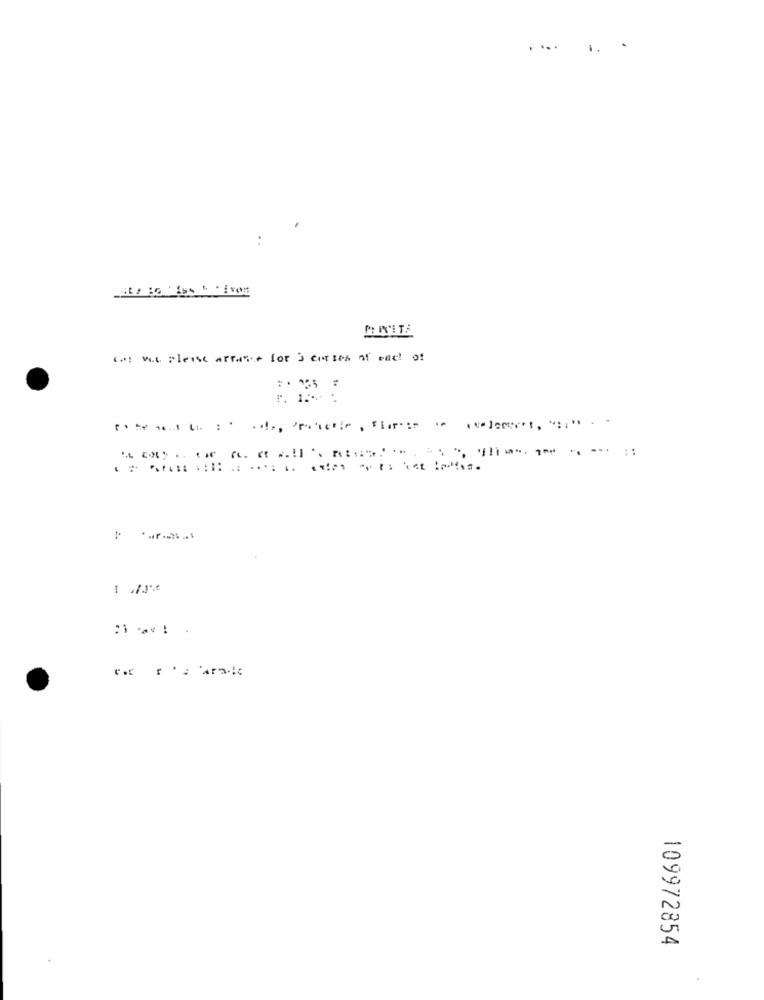
...
St# 80 155 " . Ivon
I .: vit please afrance for s curses of each of
..
109972854